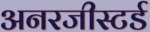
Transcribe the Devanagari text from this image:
अनरजीस्टर्ड